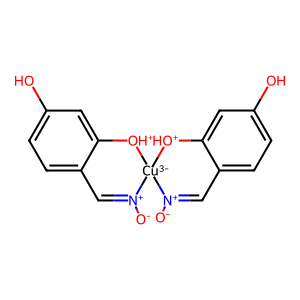
SMILES: [O-][N+]1=Cc2ccc(O)cc2[OH+][Cu-3]12[OH+]c1cc(O)ccc1C=[N+]2[O-]
Inhibits HIV replication: No